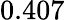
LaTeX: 0.407